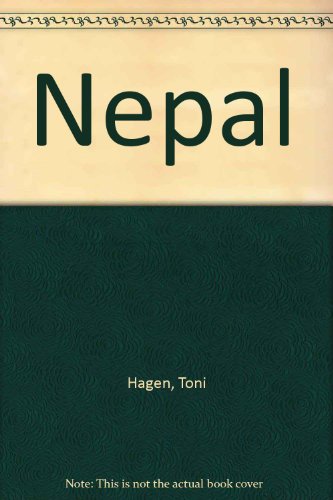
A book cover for Nepal; Toni Hagen; Travel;